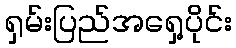
ရှမ်းပြည်အရှေ့ပိုင်း